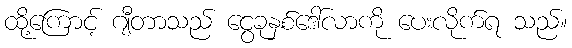
ထို့ကြောင့် ဂျီတာသည် ငွေခုနှစ်ဒေါ်လာကို ပေးလိုက်ရ သည်။